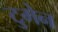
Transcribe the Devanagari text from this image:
टुमेन